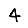
Digit: 4